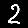
Digit: 2